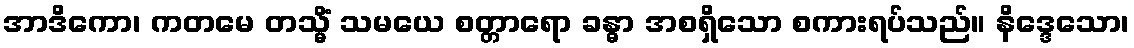
အာဒိကော၊ ကတမေ တသ္မိံ သမယေ စတ္တာရော ခန္ဓာ အစရှိသော စကားရပ်သည်။ နိဒ္ဒေသော၊